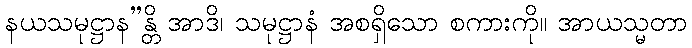
နယသမုဋ္ဌာန”န္တိ အာဒိ၊ သမုဋ္ဌာနံ အစရှိသော စကားကို။ အာယသ္မတာ